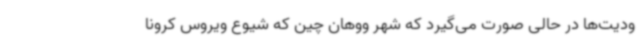
ودیت‌ها در حالی صورت می‌گیرد که شهر ووهان چین که شیوع ویروس کرونا